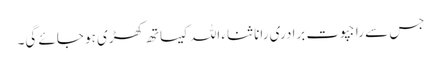
جس سے راجپوت برادری رانا ثناء اللہ کیساتھ کھڑی ہو جائے گی۔